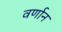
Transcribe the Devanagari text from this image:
वर्णान